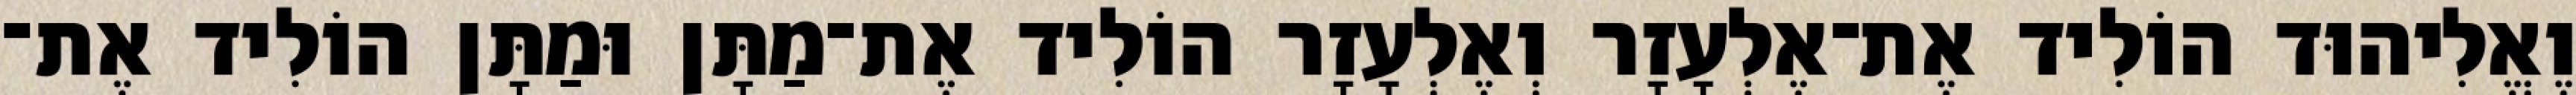
וֶאֱלִיהוּד הוֹלִיד אֶת־אֶלְעָזָר וְאֶלְעָזָר הוֹלִיד אֶת־מַתָּן וּמַתָּן הוֹלִיד אֶת־